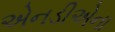
એનડીએના